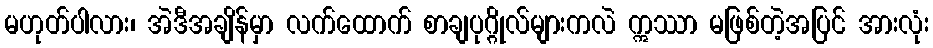
မဟုတ်ပါလား၊ အဲဒီအချိန်မှာ လက်ထောက် စာချပုဂ္ဂိုလ်များကလဲ ဣဿာ မဖြစ်တဲ့အပြင် အားလုံး